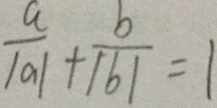
\frac { a } { \vert a \vert } + \frac { b } { \vert b \vert } = 1